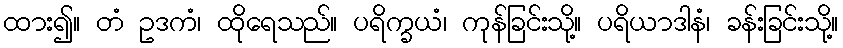
ထား၍။ တံ ဥဒကံ၊ ထိုရေသည်။ ပရိက္ခယံ၊ ကုန်ခြင်းသို့။ ပရိယာဒါနံ၊ ခန်းခြင်းသို့။